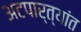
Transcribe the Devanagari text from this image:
अटपार्त्यांत